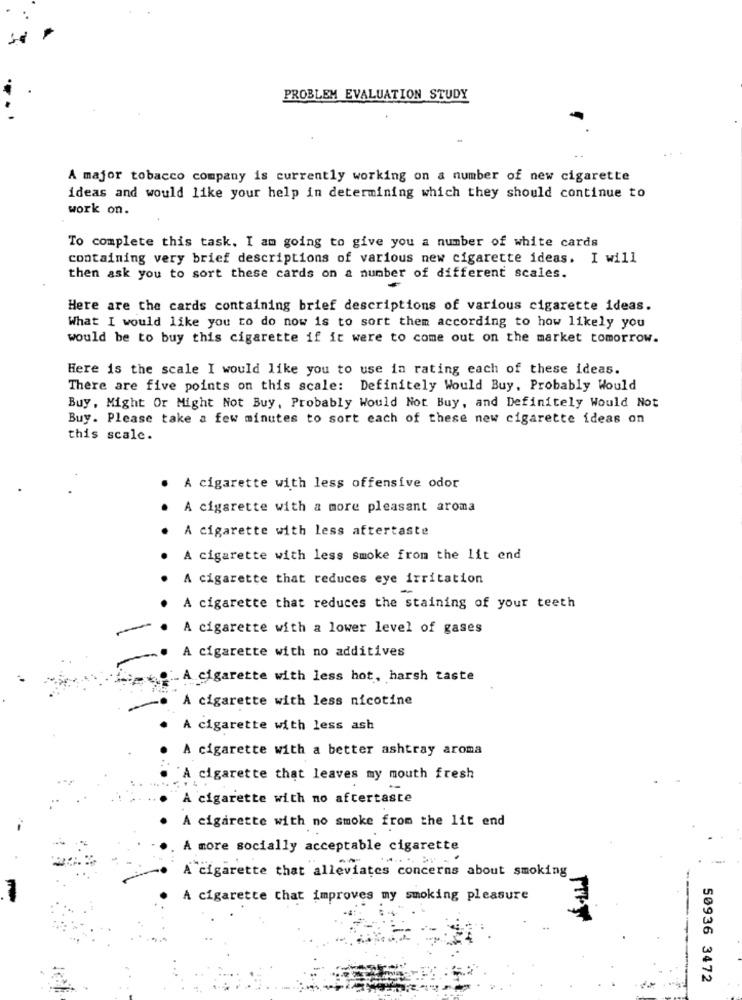
PROBLEM EVALUATION STUDY
-
A major tobacco company is currently working on a number of new cigarette
ideas and would like your help in determining which they should continue to
work on.
To complete this task. I am going to give you a number of white cards
containing very brief descriptions of various new cigarette ideas. I will
then ask you to sort these cards on a number of different scales.
Here are the cards containing brief descriptions of various cigarette ideas.
What I would like you to do now is to sort them according to how likely you
would be to buy this cigarette if it were to come out on the market tomorrow.
Here is the scale I would like you to use in rating each of these ideas.
There are five points on this scale: Definitely Would Buy, Probably Would
Buy, Might Or Might Not Buy, Probably Would Not Buy, and Definitely Would Not
Buy. Please take a few minutes to sort each of these new cigarette ideas on
this scale.
A cigarette with less offensive odor
A cigarette with a more pleasant aroma
A cigarette with less aftertaste
A cigarette with less smoke from the lit end
A cigarette that reduces eye irritation
A cigarette that reduces the staining of your teeth
. A cigarette with a lower level of gases
. A cigarette with no additives
- A cigarette with less hot, harsh taste
A cigarette with less nicotine
. A cigarette with less ash
. A cigarette with a better ashtray aroma
. A cigarette that leaves my mouth fresh
· A cigarette with no aftertaste
A cigarette with no smoke from the lit end
A more socially acceptable cigarette
A cigarette that alleviates concerns about smoking
A cigarette that improves my smoking pleasure
50936 3472